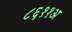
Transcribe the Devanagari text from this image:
८६११अ